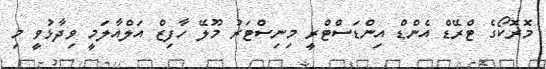
މޮރޮކޯގެ ޓްރޭޑް އެންޑް އިންޑަސްޓްރީ މިނިސްޓަރު މޫލޭ ހާފިޒް އަލްއާލަމީ ވިދާޅުވީ މި